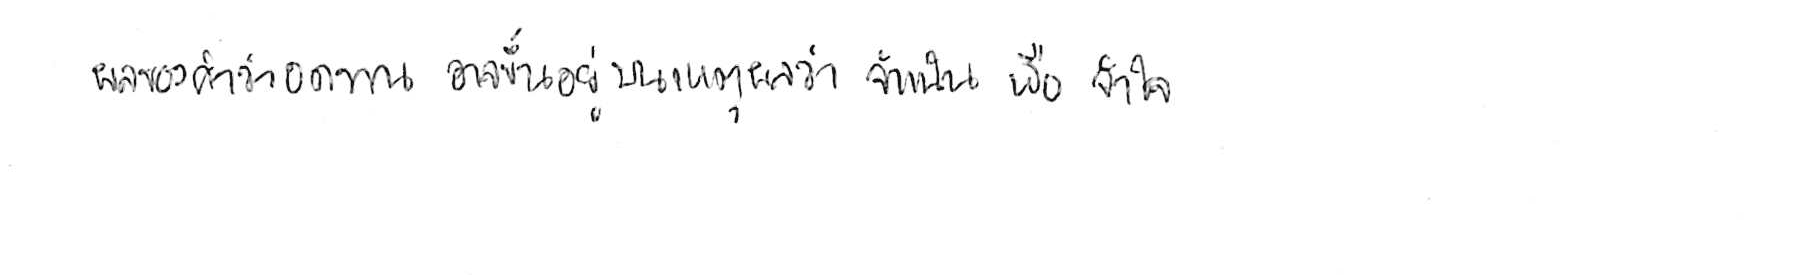
ผลของคำว่า อดทน อาจขึ้นอยู่บนเหตุผลว่า จำเป็น หรือ จำใจ